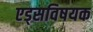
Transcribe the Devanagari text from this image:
एड्‌सविषयक